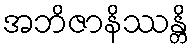
အဘိဇာနိဿန္တိ